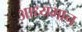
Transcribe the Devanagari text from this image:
आध्यमान